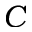
C